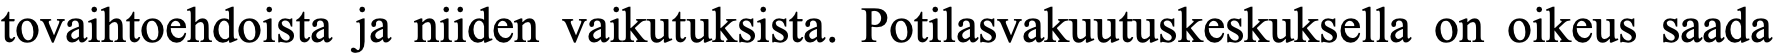
tovaihtoehdoista ja niiden vaikutuksista. Potilasvakuutuskeskuksella on oikeus saada